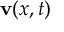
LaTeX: \mathbf { v } ( x , t )